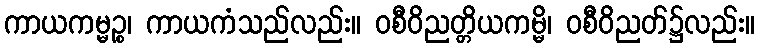
ကာယကမ္မဉ္စ၊ ကာယကံသည်လည်း။ ဝစီဝိညတ္တိယကမ္မိ၊ ဝစီဝိညတ်၌လည်း။